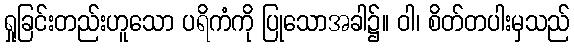
ရှုခြင်းတည်းဟူသော ပရိကံကို ပြုသောအခါ၌။ ဝါ၊ စိတ်တပါးမှသည်